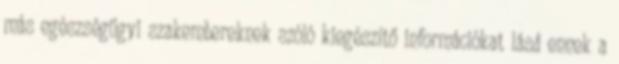
más egészségügyi szakembereknek szóló kiegészítő információkat lásd ennek a